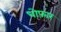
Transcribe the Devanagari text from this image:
धोफ़ार